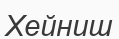
Хейниш